Vaccination in Burma 1900-1911 - 1900-1911
Year: 1900
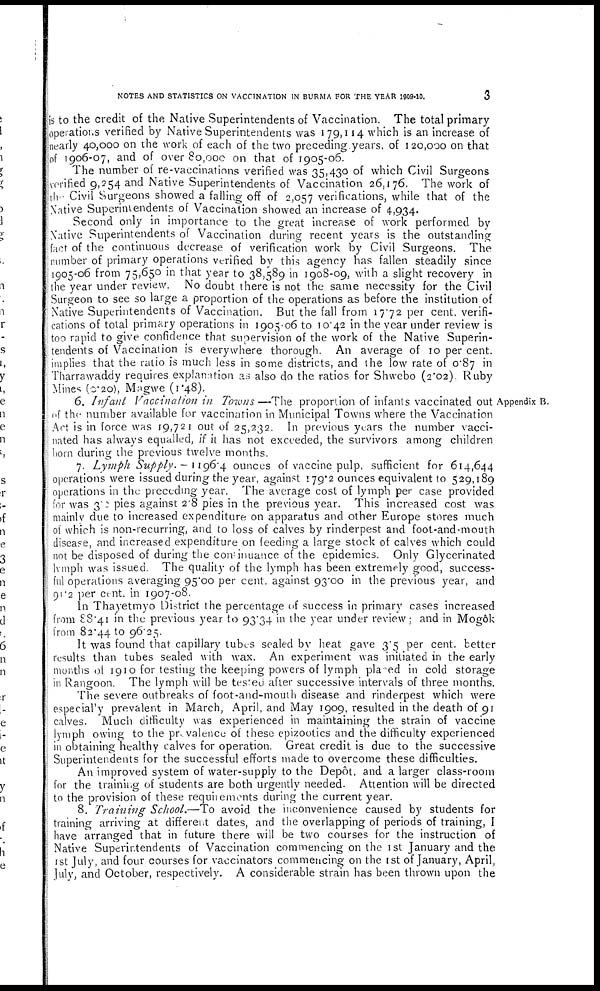
NOTES AND STATISTICS ON VACCINATION IN BURMA FOR THE YEAR 1909-10.
3
is to the credit of the Native Superintendents of Vaccination. The total primary
operations verified by Native Superintendents was 179,114 which is an increase of
nearly 40,000 on the work of each of the two preceding years, of 120,000 on that
of 1906-07, and of over 80,000 on that of 1905-06.
The number of re-vaccinations verified was 35,430 of which Civil Surgeons
verified 9,254 and Native Superintendents of Vaccination 26,176. The work of
the Civil Surgeons showed a falling off of 2,057 verifications, while that of the
Native Superintendents of Vaccination showed an increase of 4,934.
Second only in importance to the great increase of work performed by
Native Superintendents of Vaccination during recent years is the outstanding
fact of the continuous decrease of verification work by Civil Surgeons. The
number of primary operations verified by this agency has fallen steadily since
1905-06 from 75,650 in that year to 38,589 in 1908-09, with a slight recovery in
the year under review. No doubt there is not the same necessity for the Civil
Surgeon to see so large a proportion of the operations as before the institution of
Native Superintendents of Vaccination. But the fall from 17.72 per cent. verifi-
cations of total primary operations in 1905-06 to 10.42 in the year under review is
too rapid to give confidence that supervision of the work of the Native Superin-
tendents of Vaccination is everywhere thorough. An average of 10 per cent.
implies that the ratio is much less in some districts, and the low rate of 0.87 in
Tharrawaddy requires explanation as also do the ratios for Shwebo (2.02), Ruby
Mines (0.20), Magwe (1.48).
Appendix B.
6. Infant Vaccination in Towns—The proportion of infants vaccinated out
of the number available for vaccination in Municipal Towns where the Vaccination
Art is in force was 19,721 out of 25,232. In previous years the number vacci-
nated has always equalled, if it has not exceeded, the survivors among children
born during the previous twelve months.
7. Lymph Supply.— 1196.4 ounces of vaccine pulp, sufficient for 614,644
operations were issued during the year, against 179.2 ounces equivalent to 529,189
operations in the preceding year. The average cost of lymph per case provided
for was 3.2 pies against 2.8 pies in the previous year. This increased cost was
mainly due to increased expenditure on apparatus and other Europe stores much
of which is non-recurring, and to loss of calves by rinderpest and foot-and-mouth
disease, and increased expenditure on feeding a large stock of calves which could
not be disposed of during the continuance of the epidemics. Only Glycerinated
lymph was issued. The quality of the lymph has been extremely good, success-
ful operations averaging 95.00 per cent. against 93.00 in the previous year, and
91.2 per cent. in 1907-08.
In Thayetmyo District the percentage of success in primary cases increased
from 88.41 in the previous year to 93.34 in the year under review; and in Mogôk
from 82.44 to 96.25.
It was found that capillary tubes sealed by heat gave 3.5 per cent. better
results than tubes sealed with wax. An experiment was initiated in the early
months of 1910 for testing the keeping powers of lymph placed in cold storage
in Rangoon. The lymph will be tested after successive intervals of three months.
The severe outbreaks of foot-and-mouth disease and rinderpest which were
especial1y prevalent in March, April, and May 1909, resulted in the death of 91
calves. Much difficulty was experienced in maintaining the strain of vaccine
lymph owing to the prevalence of these epizootics and the difficulty experienced
in obtaining healthy calves for operation. Great credit is due to the successive
Superintendents for the successful efforts made to overcome these difficulties.
An improved system of water-supply to the Depôt, and a larger class-room
for the training of students are both urgently needed. Attention will be directed
to the provision of these requirements during the current year.
8. Training School.—To avoid the inconvenience caused by students for
training arriving at different dates, and the overlapping of periods of training, I
have arranged that in future there will be two courses for the instruction of
Native Superintendents of Vaccination commencing on the 1st January and the
1st July, and four courses for vaccinators commencing on the 1st of January, April,
July, and October, respectively. A considerable strain has been thrown upon the